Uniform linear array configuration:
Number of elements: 16
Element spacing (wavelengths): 1
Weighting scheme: hamming
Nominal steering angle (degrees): -15
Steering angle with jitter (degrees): -14.631
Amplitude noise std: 0.05
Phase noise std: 0.05

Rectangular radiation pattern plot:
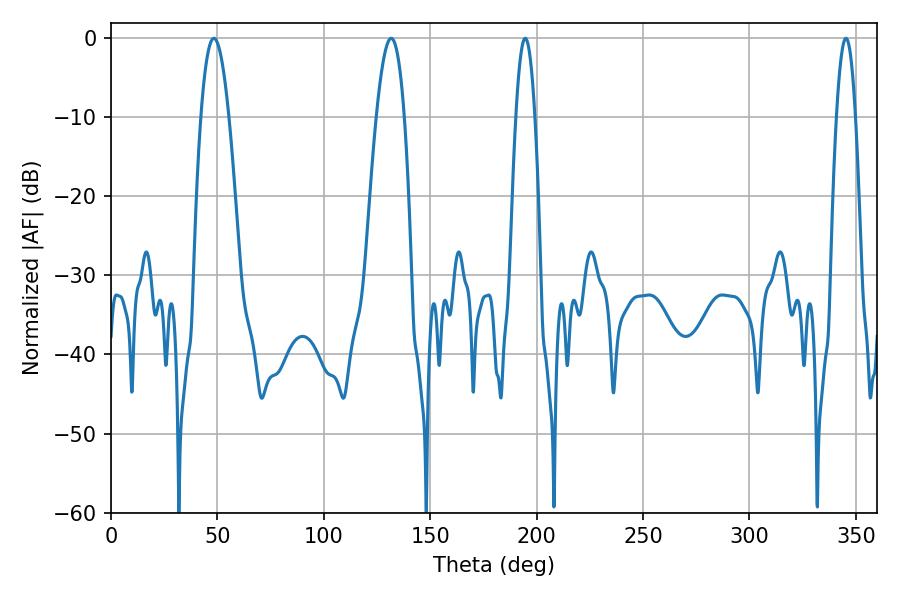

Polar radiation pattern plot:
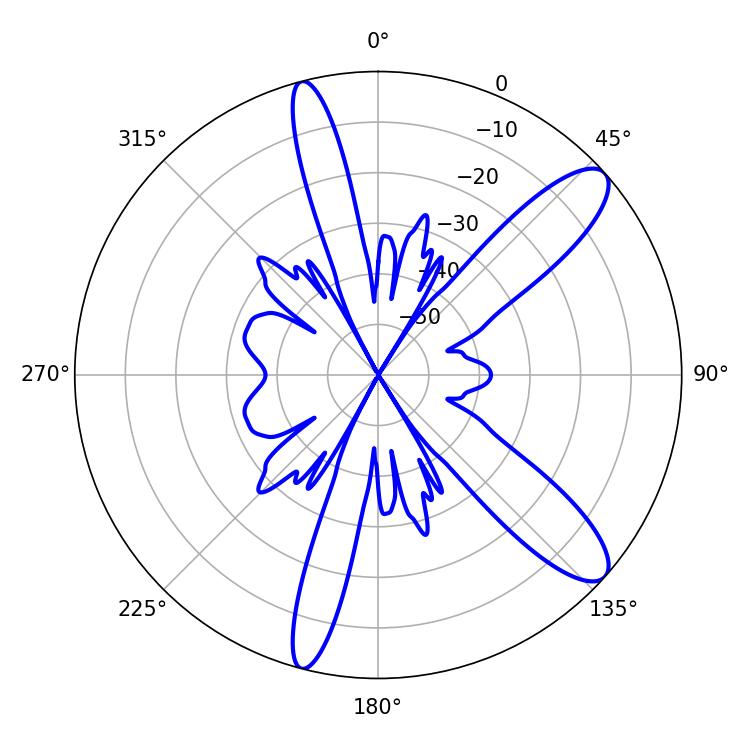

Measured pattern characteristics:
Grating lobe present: TRUE
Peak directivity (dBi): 11.068
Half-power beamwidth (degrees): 7.2
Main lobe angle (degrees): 48.42